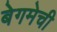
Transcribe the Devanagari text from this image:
बेगमेची